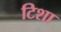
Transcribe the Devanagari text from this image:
टिशा